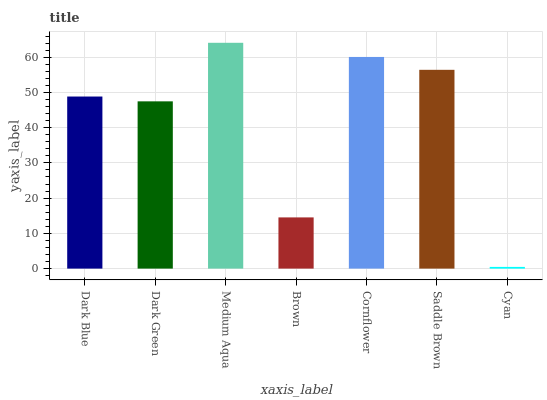
| xaxis_label | bars |
 | --- | --- |
 | Dark Blue | 48.8 |
 | Dark Green | 47.5 |
 | Medium Aqua | 64.1 |
 | Brown | 14.5 |
 | Cornflower | 60.1 |
 | Saddle Brown | 56.4 |
 | Cyan | 0.483 |